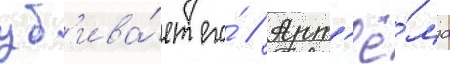
уб'ива́ет его́ // Арт'ё́ма